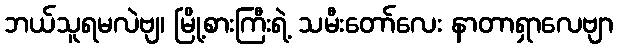
ဘယ်သူရမလဲဗျ၊ မြို့စားကြီးရဲ့ သမီးတော်လေး နာတာရှာလေဗျာ